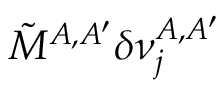
\tilde { M } ^ { A , A ^ { \prime } } \delta \nu _ { j } ^ { A , A ^ { \prime } }